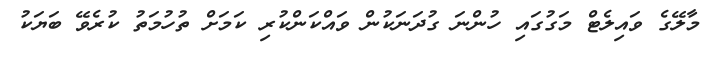
މާލޭގެ ވައިލެޓް މަގުގައި ހުންނަ ގުދަނަކުން ވައްކަންކުރި ކަމަށް ތުހުމަތު ކުރެވޭ ބަޔަކު